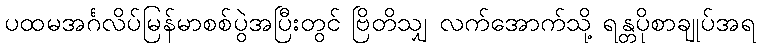
ပထမအင်္ဂလိပ်မြန်မာစစ်ပွဲအပြီးတွင် ဗြိတိသျှ လက်အောက်သို့ ရန္တပိုစာချုပ်အရ